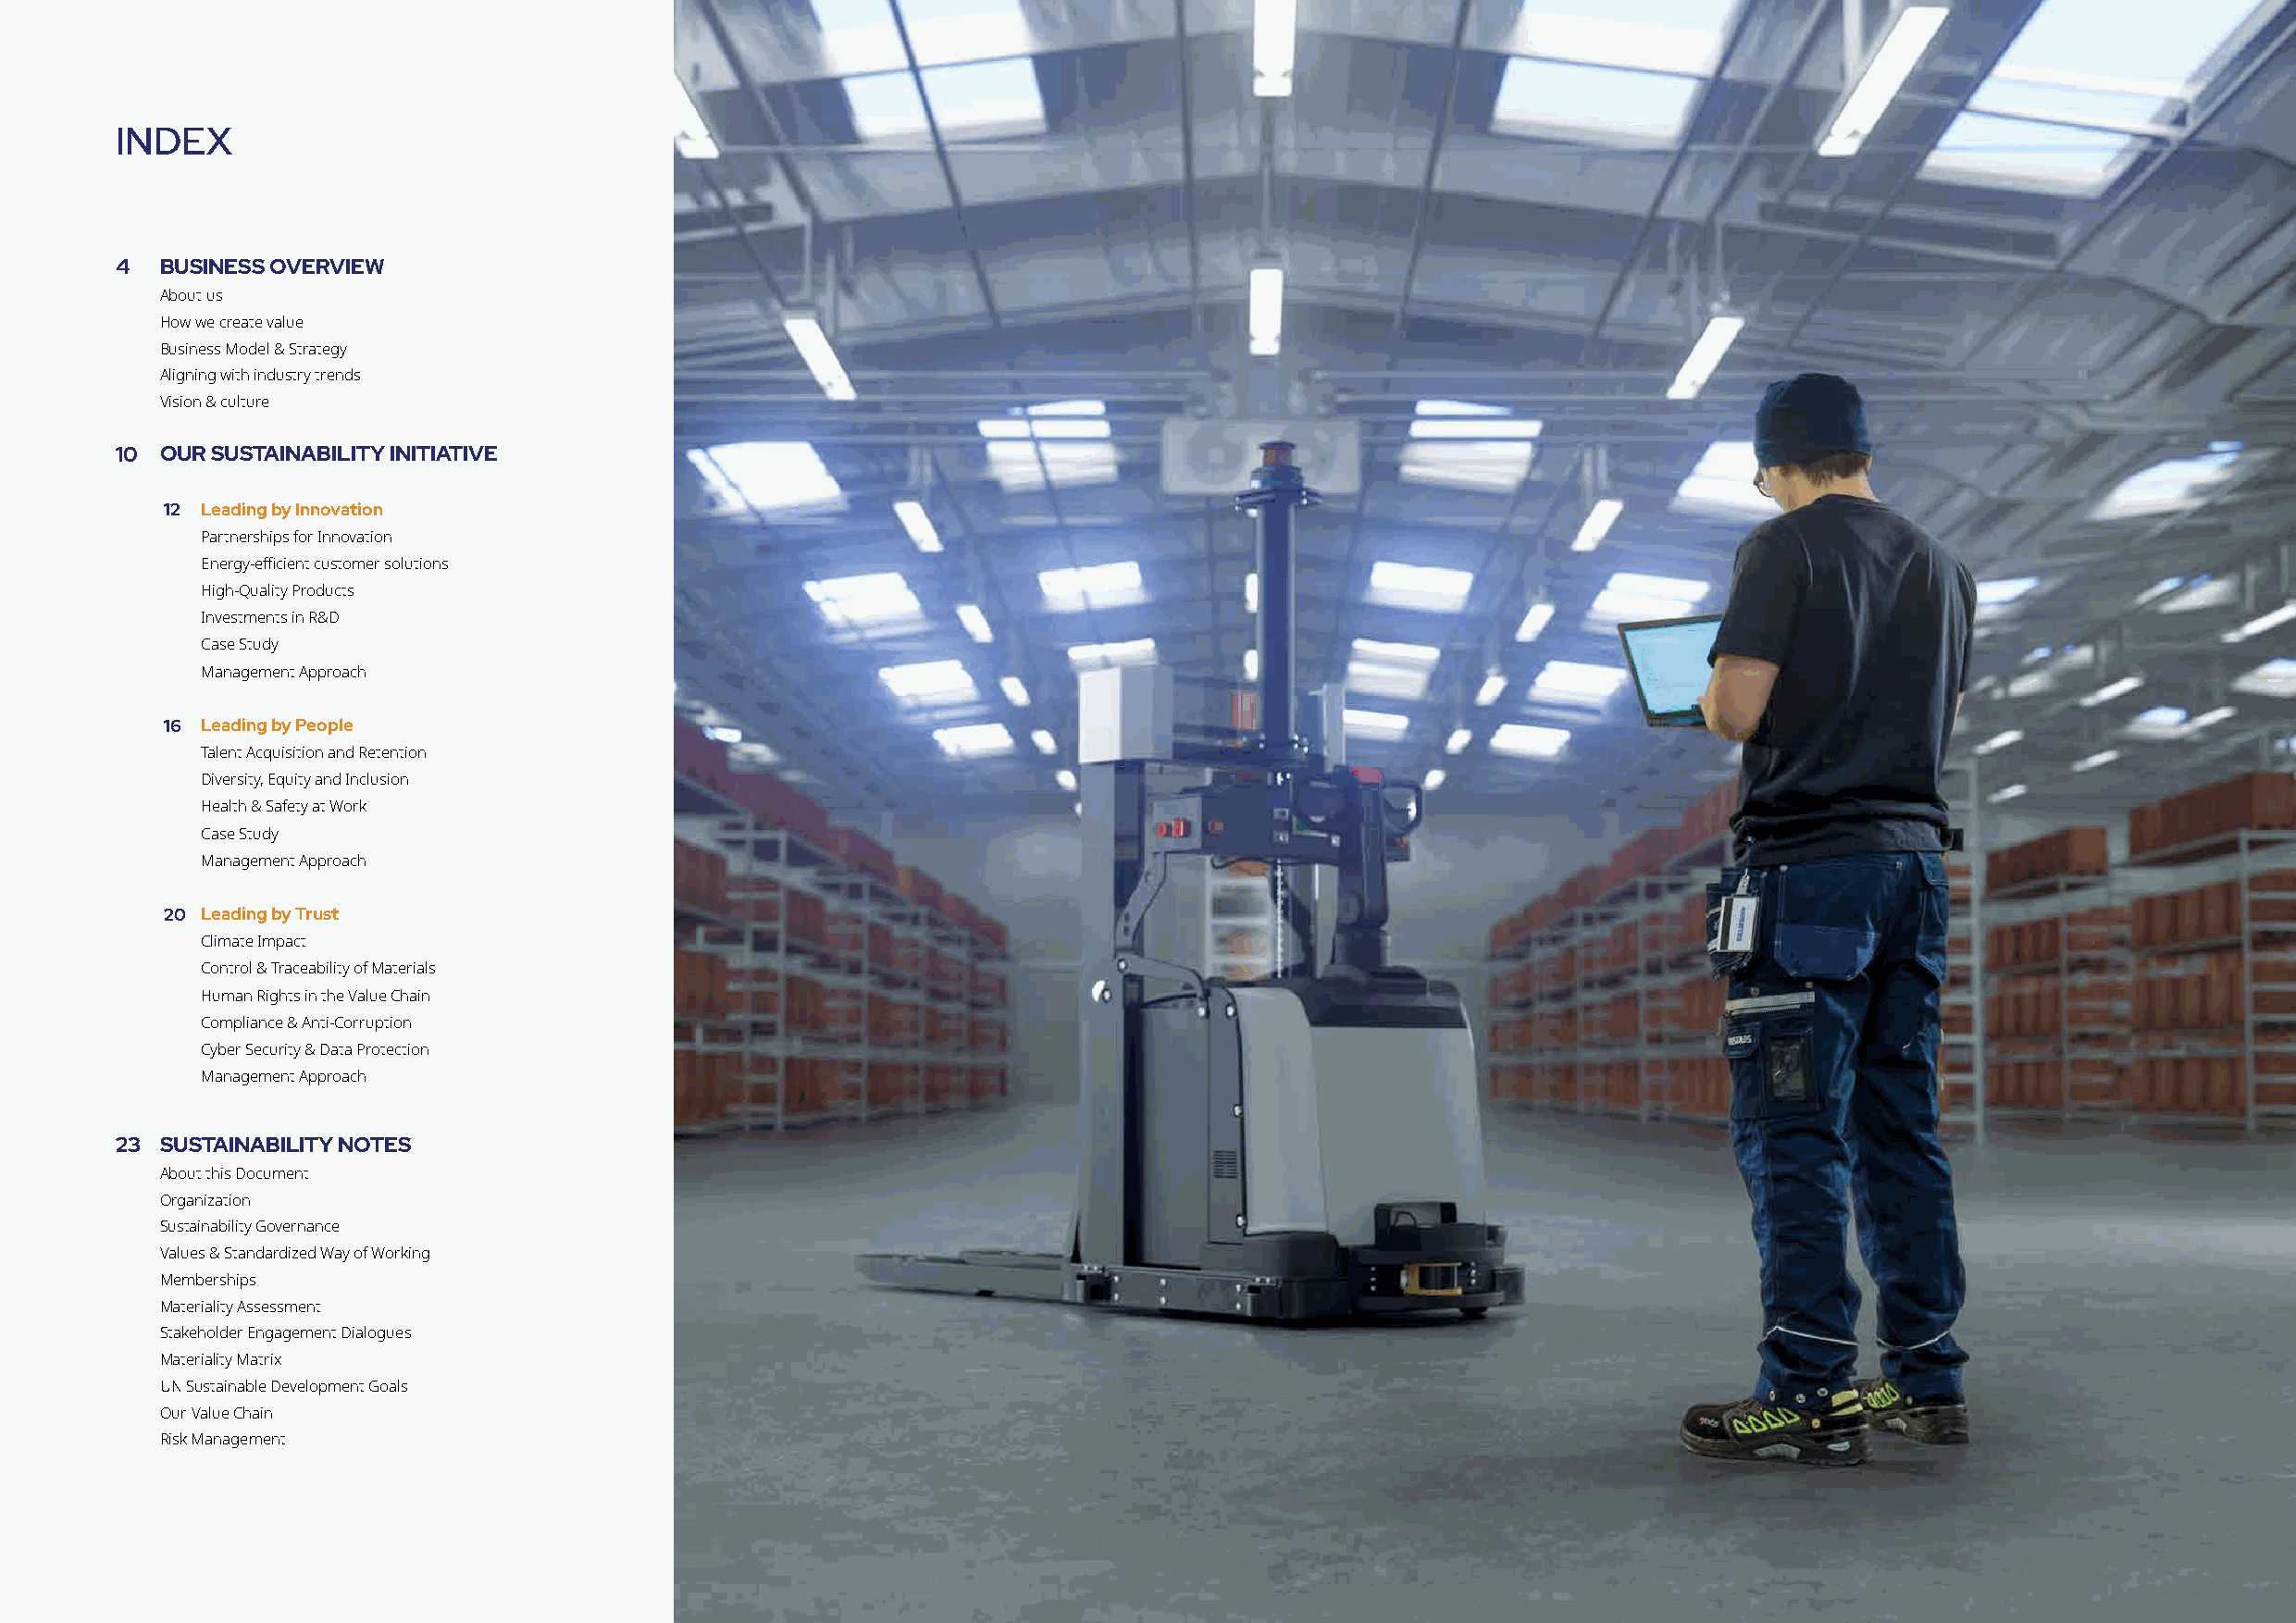
INDEX
 4  BUSINESS OVERVIEW
 About us
 How we create value
 Business Model & Strategy
 Aligning with industry trends
 Vision & culture
 10 OUR SUSTAINABILITY INITIATIVE
 12 Leading by Innovation
 Partnerships for Innovation
 Energy-efficient customer solutions
 High-Quality Products
 Investments in R&D
 Case Study
 Management Approach
 16 Leading by People
 Talent Acquisition and Retention
 Diversity, Equity and Inclusion
 Health & Safety at Work
 Case Study
 Management Approach
 20 Leading by Trust
 Climate Impact
 Control & Traceability of Materials
 Human Rights in the Value Chain
 Compliance & Anti-Corruption
 Cyber Security & Data Protection
 Management Approach
 23 SUSTAINABILITY NOTES
 About this Document
 Organization
 Sustainability Governance
 Values & Standardized Way of Working
 Memberships
 Materiality Assessment
 Stakeholder Engagement Dialogues
 Materiality Matrix
 UN Sustainable Development Goals
 Our Value Chain
 Risk Management